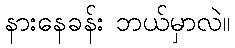
နားနေခန်း ဘယ်မှာလဲ။